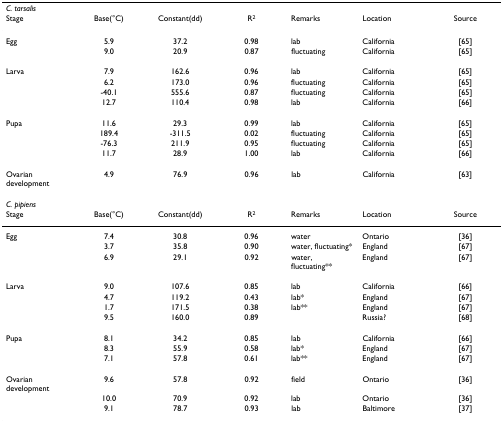
| <COLSPAN=7> C. tarsalis |
 | Stage | Base(°C) | Constant(dd) | R2 | Remarks | Location | Source |
 | --- | --- | --- | --- | --- | --- | --- |
 | Egg | 5.9 | 37.2 | 0.98 | lab | California | [65] |
 |  | 9.0 | 20.9 | 0.87 | fluctuating | California | [65] |
 | Larva | 7.9 | 162.6 | 0.96 | lab | California | [65] |
 |  | 6.2 | 173.0 | 0.96 | fluctuating | California | [65] |
 |  | -40.1 | 555.6 | 0.87 | fluctuating | California | [65] |
 |  | 12.7 | 110.4 | 0.98 | lab | California | [66] |
 | Pupa | 11.6 | 29.3 | 0.99 | lab | California | [65] |
 |  | 189.4 | -311.5 | 0.02 | fluctuating | California | [65] |
 |  | -76.3 | 211.9 | 0.95 | fluctuating | California | [65] |
 |  | 11.7 | 28.9 | 1.00 | lab | California | [66] |
 | Ovarian development | 4.9 | 76.9 | 0.96 | lab | California | [63] |
 | <COLSPAN=7> C. pipiens |
 | Stage | Base(°C) | Constant(dd) | R2 | Remarks | Location | Source |
 | Egg | 7.4 | 30.8 | 0.96 | water | Ontario | [36] |
 |  | 3.7 | 35.8 | 0.90 | water, fluctuating* | England | [67] |
 |  | 6.9 | 29.1 | 0.92 | water, fluctuating** | England | [67] |
 | Larva | 9.0 | 107.6 | 0.85 | lab | California | [66] |
 |  | 4.7 | 119.2 | 0.43 | lab* | England | [67] |
 |  | 1.7 | 171.5 | 0.38 | lab** | England | [67] |
 |  | 9.5 | 160.0 | 0.89 |  | Russia? | [68] |
 | Pupa | 8.1 | 34.2 | 0.85 | lab | California | [66] |
 |  | 8.3 | 55.9 | 0.58 | lab* | England | [67] |
 |  | 7.1 | 57.8 | 0.61 | lab** | England | [67] |
 | Ovarian development | 9.6 | 57.8 | 0.92 | field | Ontario | [36] |
 |  | 10.0 | 70.9 | 0.92 | lab | Ontario | [36] |
 |  | 9.1 | 78.7 | 0.93 | lab | Baltimore | [37] |